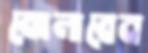
ঝোলাবেন